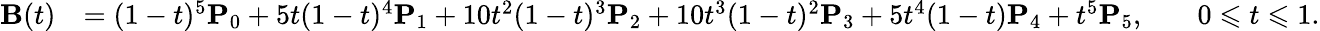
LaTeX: {\begin{array}{rlrl}{\mathbf{B}(t)}&{=(1-t)^{5}\mathbf{P}_{0}+5t(1-t)^{4}\mathbf{P}_{1}+10t^{2}(1-t)^{3}\mathbf{P}_{2}+10t^{3}(1-t)^{2}\mathbf{P}_{3}+5t^{4}(1-t)\mathbf{P}_{4}+t^{5}\mathbf{P}_{5},}&&{0\leqslant t\leqslant 1.}\end{array}}